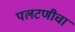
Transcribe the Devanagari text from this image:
पलटणीचा